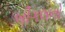
બીગલનો